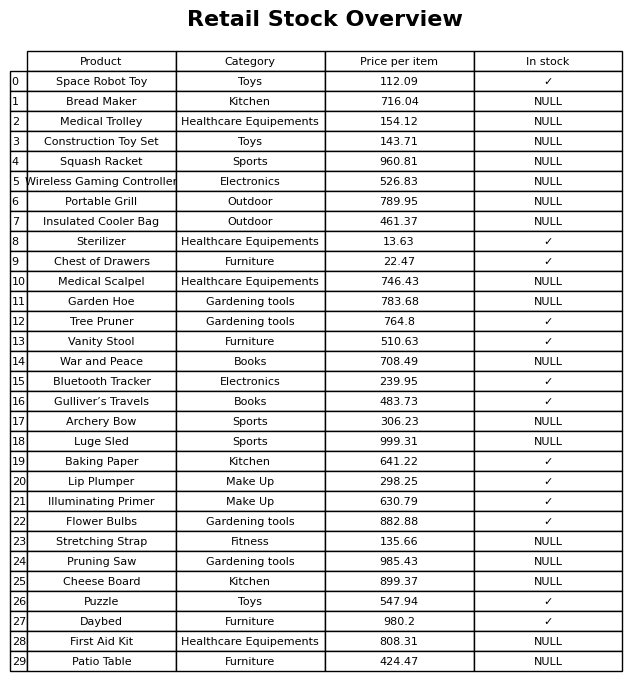
question: What is the price of the Chest of Drawers?
answer: The price of Chest of Drawers is 22.47.